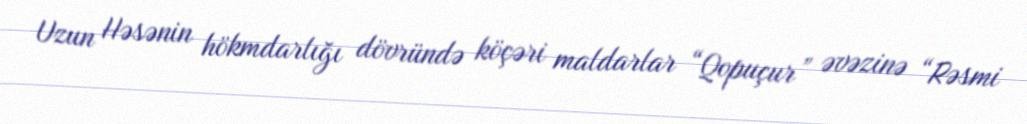
Uzun Həsənin hökmdarlığı dövründə köçəri maldarlar “Qopuçur” əvəzinə “Rəsmi